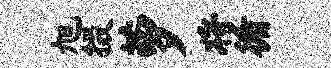
旭掇萝将循